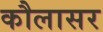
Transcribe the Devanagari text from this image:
कौलासर